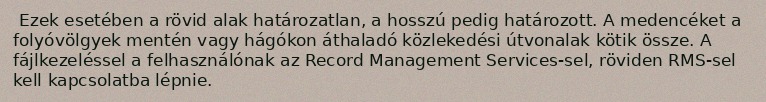
Ezek esetében a rövid alak határozatlan, a hosszú pedig határozott. A medencéket a folyóvölgyek mentén vagy hágókon áthaladó közlekedési útvonalak kötik össze. A fájlkezeléssel a felhasználónak az Record Management Services-sel, röviden RMS-sel kell kapcsolatba lépnie.